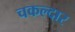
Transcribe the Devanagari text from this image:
चकल्दार